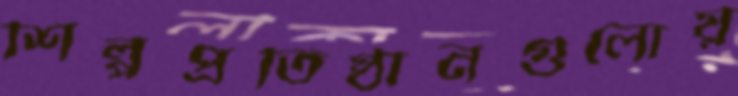
শিল্পপ্রতিষ্ঠানগুলোয়